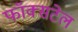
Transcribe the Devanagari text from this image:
फॉक्‍सटेल